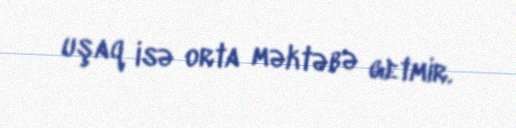
uşaq isə orta məktəbə getmir.